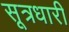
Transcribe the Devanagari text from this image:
सूत्रधारी